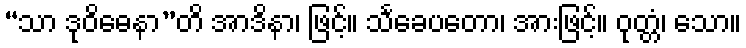
“သာ ဒုဝိဓေနာ”တိ အာဒိနာ၊ ဖြင့်။ သင်္ခေပတော၊ အားဖြင့်။ ဝုတ္တံ၊ သော။